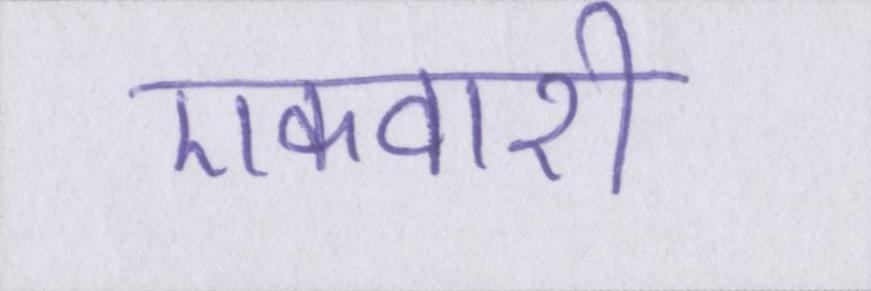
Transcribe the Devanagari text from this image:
एकवारी